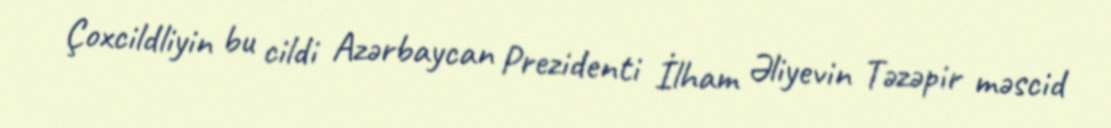
Çoxcildliyin bu cildi Azərbaycan Prezidenti İlham Əliyevin Təzəpir məscid